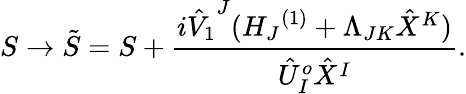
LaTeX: S\rightarrow{\tilde{S}}=S+\frac{i{{\hat{V}}_{1}}^{J}({H_{J}}^{(1)}+\Lambda_{JK}{\hat{X}}^{K})}{{\hat{U}}_{I}^{o}{\hat{X}}^{I}}.